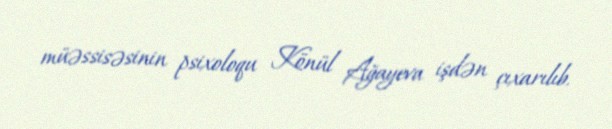
müəssisəsinin psixoloqu Könül Ağayeva işdən çıxarılıb.